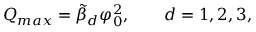
Q _ { m a x } = \tilde { \beta } _ { d } \varphi _ { 0 } ^ { 2 } , \qquad d = 1 , 2 , 3 ,